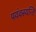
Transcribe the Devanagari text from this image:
पयंवस्यन्ति